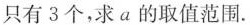
只有3个，求a的取值范围.